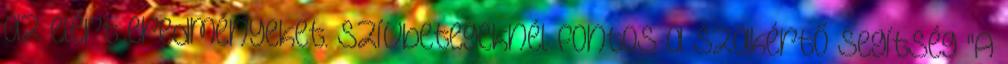
az elért eredményeket. Szívbetegeknél fontos a szakértő segítség "A